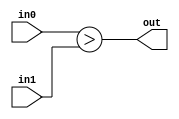
module coreir_ugt #(
    parameter width = 1
) (
    input [width-1:0] in0,
    input [width-1:0] in1,
    output out
);
  assign out = in0 > in1;
endmodule

module coreir_ugt2_wrapped (
    input [1:0] I0,
    input [1:0] I1,
    output O
);
wire coreir_ugt2_inst0_out;
coreir_ugt #(
    .width(2)
) coreir_ugt2_inst0 (
    .in0(I0),
    .in1(I1),
    .out(coreir_ugt2_inst0_out)
);
assign O = coreir_ugt2_inst0_out;
endmodule